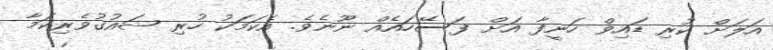
އަލަށް ކުރި ޑައިވް ހަނީފާ އަށް ފަސޭހައެއް ނޫނެވެ. އެކަމަކު ހުރި ޝައުގުވެރިކަމާ